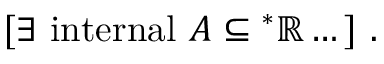
[ \exists { \mathrm { ~ i n t e r n a l ~ } } A \subseteq { ^ { * } \mathbb { R } } \dots ] \ .